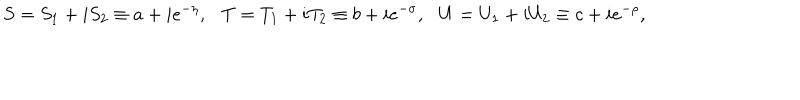
LaTeX: S = S _ { 1 } + i S _ { 2 } \equiv a + i e ^ { - \eta } , \ \ \ T = T _ { 1 } + i T _ { 2 } \equiv b + i e ^ { - \sigma } , \ \ \ U = U _ { 1 } + i U _ { 2 } \equiv c + i e ^ { - \rho } ,